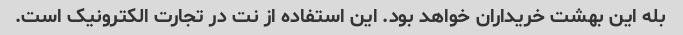
بله این بهشت ​​خریداران خواهد بود. این استفاده از نت در تجارت الکترونیک است.